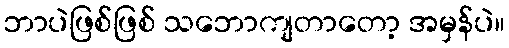
ဘာပဲဖြစ်ဖြစ် သဘောကျတာတော့ အမှန်ပဲ။